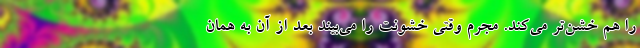
را هم خشن‌تر می‌کند. مجرم وقتی خشونت را می‌بیند بعد از آن به همان